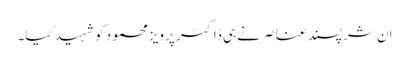
ان شرپسند عناصر نے ہی ڈاکٹر پرویز محمود کو شہید کیا۔